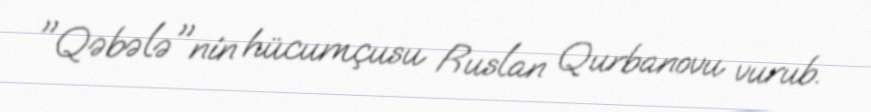
"Qəbələ"nin hücumçusu Ruslan Qurbanovu vurub.